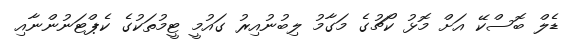
ޑެލް ބޮސްކޭ އަށް މޮޅު ކޯޗުގެ މަގާމު ލިބުނުއިރު ގައުމީ ޓީމުތަކުގެ ކެޕްޓަނުންނާއި